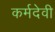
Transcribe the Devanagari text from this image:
कर्मदेवी